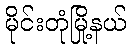
မိုင်းတုံမြို့နယ်